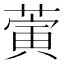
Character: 蔩